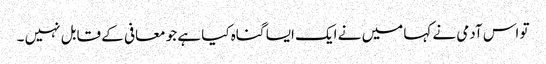
تو اس آدمی نے کہا میں نے ایک ایسا گناہ کیا ہے جو معافی کے قابل نہیں ۔